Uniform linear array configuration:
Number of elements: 8
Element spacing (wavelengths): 0.5
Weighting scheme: uniform
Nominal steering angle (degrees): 30
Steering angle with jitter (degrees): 28.04
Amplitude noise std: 0.05
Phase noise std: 0.05

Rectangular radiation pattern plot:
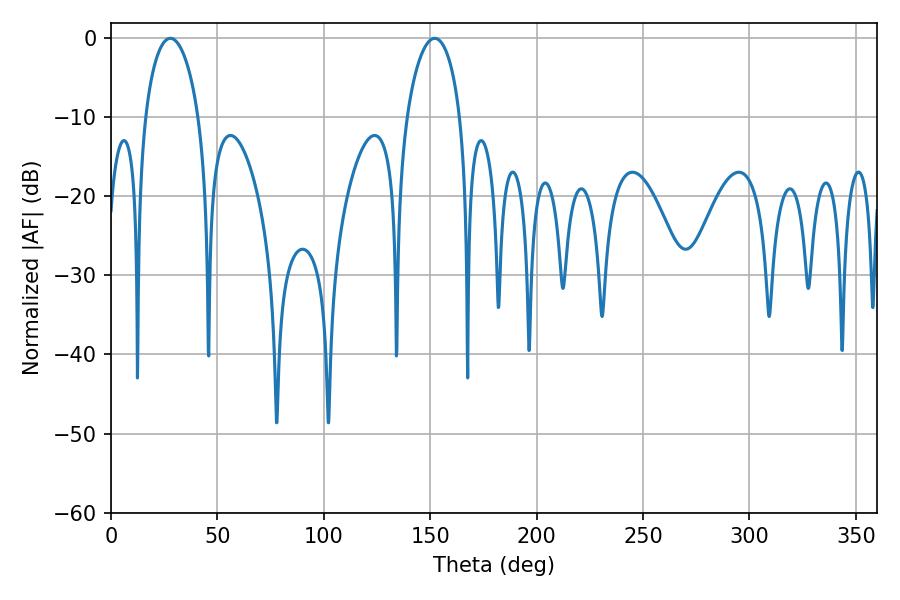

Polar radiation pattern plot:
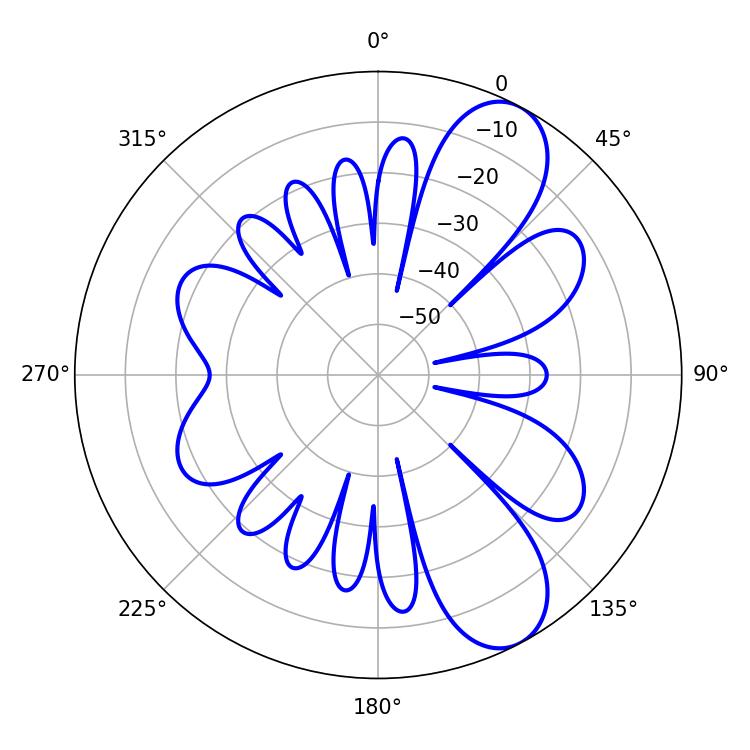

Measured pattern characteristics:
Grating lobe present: FALSE
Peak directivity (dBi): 8.96
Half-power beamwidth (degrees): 14.4
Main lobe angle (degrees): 27.9